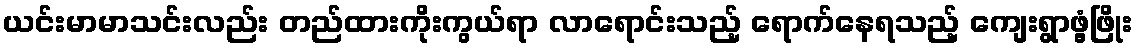
ယင်းမာမာသင်းလည်း တည်ထားကိုးကွယ်ရာ လာရောင်းသည့် ရောက်နေရသည့် ကျေးရွာဖွံ့ဖြိုး